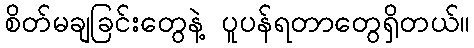
စိတ်မချခြင်းတွေနဲ့ ပူပန်ရတာတွေရှိတယ်။